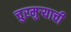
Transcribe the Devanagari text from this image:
चुरमुऱ्याची